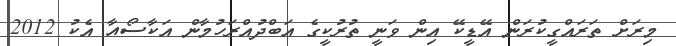
މިރަށް ތަރައްގީކުރަން އޭޑީކޭ އިން ވަނީ ތުރުކީގެ އަބްދުއްރަހުމާން އަކާސޯއާ އެކު 2012